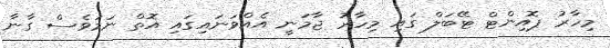
މިހާރު ޕޮއިންޓް ޓޭބަލް ގައި މިހާރު ޖާމަނީ އެއްވަނައިގައި އޮތް ނަމަވެސް ގާނާ